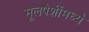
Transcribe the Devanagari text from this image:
मूलपेशींमध्ये